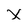
Character: x